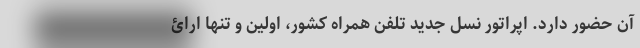
آن حضور دارد. اپراتور نسل جدید تلفن همراه کشور، اولین و تنها ارائ